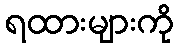
ရထားများကို